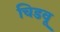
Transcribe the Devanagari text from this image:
चिडवू